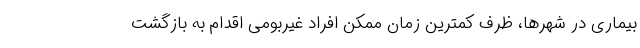
بیماری در شهرها، ظرف کمترین زمان ممکن افراد غیربومی اقدام به بازگشت